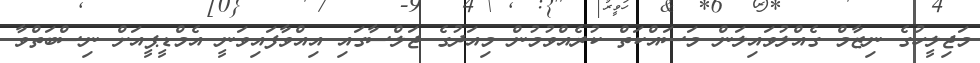
މަޖިލީހުގެ ނިޒާމް ގެއްލުވައިލަން މަސައްކަތް ކުރެއްވުމުން މިއަދުގެ ޖަލްސާގައި އިއްވާފައިވަނީ އެމްޑީޕީއަށް ނިސްބަތްވާ